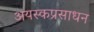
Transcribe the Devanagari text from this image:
अयस्कप्रसाधन